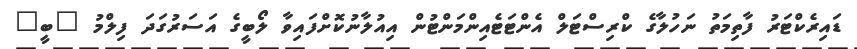
ޑައިރެކްޓަރު ފާތިމަތު ނަހުލާގެ ކްރިސްޓަލް އެންޓަޓެއިންމަންޓުން އިއުލާނުކޮށްފައިވާ ލޯބީގެ އަސަރުގަދަ ފިލްމު "ބީ"